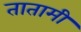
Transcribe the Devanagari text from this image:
तातामी